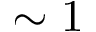
\sim 1